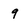
Character: 9